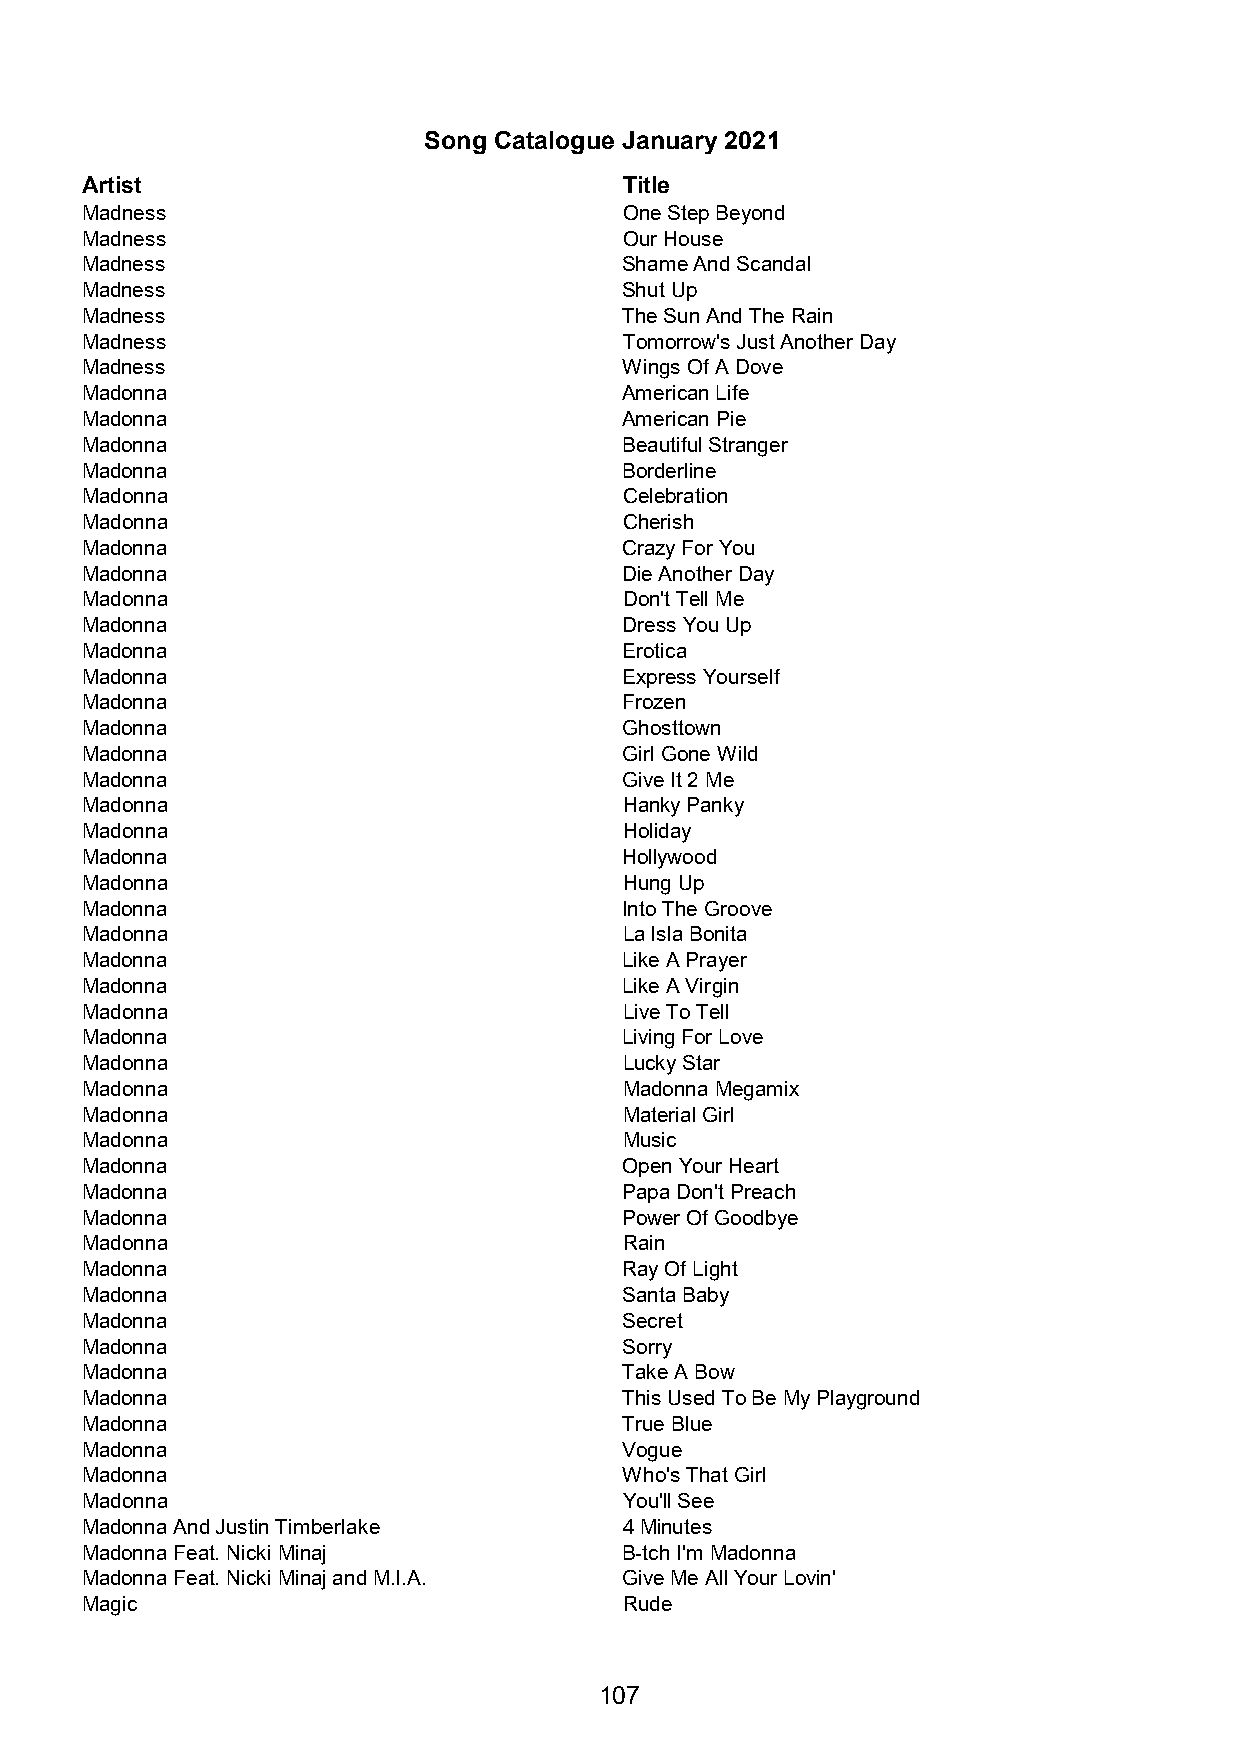
Song Catalogue January 2021
 Artist                              Title
 Madness                             One Step Beyond
 Madness                             Our House
 Madness                             Shame And Scandal
 Madness                             Shut Up
 Madness                             The Sun And The Rain
 Madness                             Tomorrow's Just Another Day
 Madness                             Wings Of A Dove
 Madonna                             American Life
 Madonna                             American Pie
 Madonna                             Beautiful Stranger
 Madonna                             Borderline
 Madonna                             Celebration
 Madonna                             Cherish
 Madonna                             Crazy For You
 Madonna                             Die Another Day
 Madonna                             Don't Tell Me
 Madonna                             Dress You Up
 Madonna                             Erotica
 Madonna                             Express Yourself
 Madonna                             Frozen
 Madonna                             Ghosttown
 Madonna                             Girl Gone Wild
 Madonna                             Give It 2 Me
 Madonna                             Hanky Panky
 Madonna                             Holiday
 Madonna                             Hollywood
 Madonna                             Hung Up
 Madonna                             Into The Groove
 Madonna                             La Isla Bonita
 Madonna                             Like A Prayer
 Madonna                             Like A Virgin
 Madonna                             Live To Tell
 Madonna                             Living For Love
 Madonna                             Lucky Star
 Madonna                             Madonna Megamix
 Madonna                             Material Girl
 Madonna                             Music
 Madonna                             Open Your Heart
 Madonna                             Papa Don't Preach
 Madonna                             Power Of Goodbye
 Madonna                             Rain
 Madonna                             Ray Of Light
 Madonna                             Santa Baby
 Madonna                             Secret
 Madonna                             Sorry
 Madonna                             Take A Bow
 Madonna                             This Used To Be My Playground
 Madonna                             True Blue
 Madonna                             Vogue
 Madonna                             Who's That Girl
 Madonna                             You'll See
 Madonna And Justin Timberlake       4 Minutes
 Madonna Feat. Nicki Minaj           B-tch I'm Madonna
 Madonna Feat. Nicki Minaj and M.I.A. Give Me All Your Lovin'
 Magic                               Rude
 107